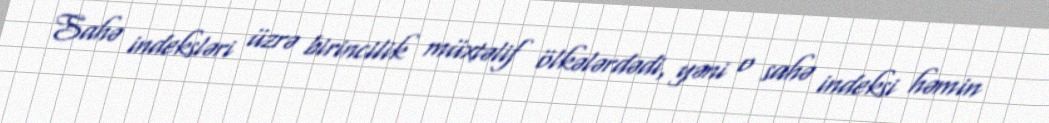
Sahə indeksləri üzrə birincilik müxtəlif ölkələrdədi, yəni o sahə indeksi həmin